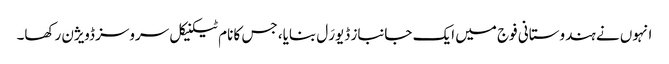
انہوں نے ہندوستانی فوج میں ایک جانباز ڈیورَل بنایا، جس کا نام ٹیکنیکل سروسز ڈویژن رکھا۔